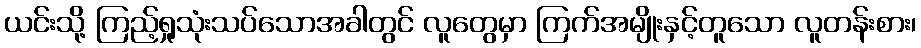
ယင်းသို့ ကြည့်ရှုသုံးသပ်သောအခါတွင် လူတွေမှာ ကြက်အမျိုးနှင့်တူသော လူတန်းစား၊